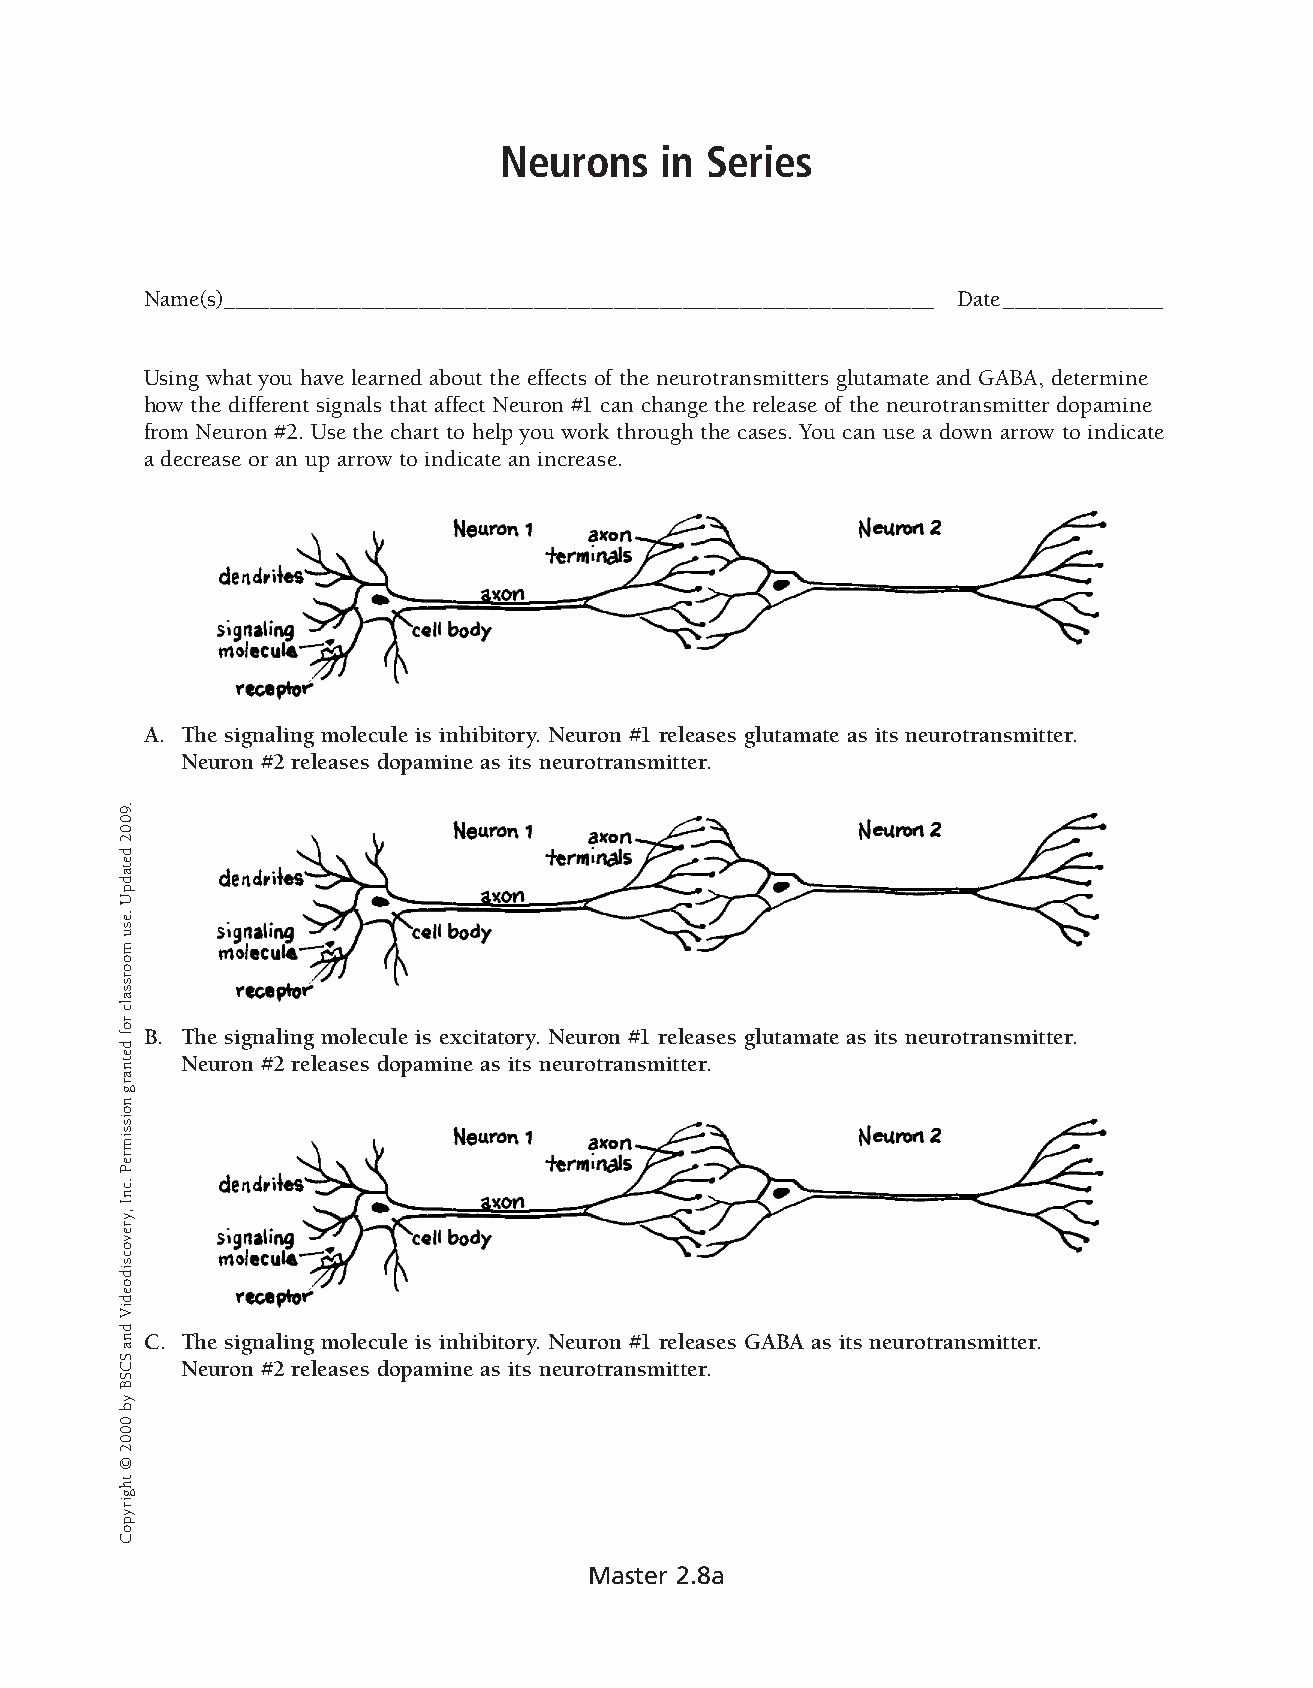
Neurons    in Series  �
 Name(s) ______________________________________________________________ Date ______________
 Using what you have learned about the effects of the neurotransmitters glutamate and GABA, determine
 how the different signals that affect Neuron #1 can change the release of the neuro transmitter dopamine
 from Neuron #2. Use the chart to help you work through the cases. You can use a down arrow to indicate
 a decrease or an up arrow to indicate an increase.
 A. The signaling molecule is inhibitory. Neuron #1 releases glutamate as its neurotransmitter.
 Neuron #2 releases dopamine as its neurotransmitter.
 B. The signaling molecule is excitatory. Neuron #1 releases glutamate as its neurotransmitter.
 Neuron #2 releases dopamine as its neurotransmitter.
 C. The signaling molecule is inhibitory. Neuron #1 releases GABA as its neurotransmitter.
 Neuron #2 releases dopamine as its neurotransmitter.
 Master 2.8a
 .9002
 detadpU
 .esu
 moorssalc
 rof
 detnar
 g
 noissimreP
 .cnI
 ,yrevocsidoediV
 dna
 SCSB
 yb
 0
 002
 ©
 thgirypoC